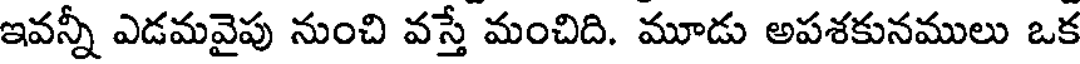
ఇవన్నీ ఎడమవైపు నుంచి వస్తే మంచిది. మూడు అపశకునములు ఒక